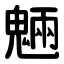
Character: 魎